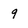
Character: 9